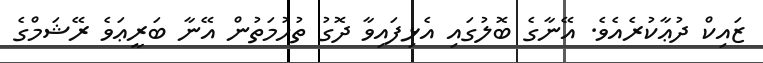
ޒައިކް ދުޢާކުރެއެވެ. އޭނާގެ ބޮލުގައި އެޅިފައިވާ ދޮގު ތުހުމަތުން އޭނާ ބަރީޢަވެ ރޭޝަމްގެ